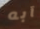
آبه